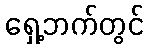
ရှေ့ဘက်တွင်